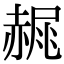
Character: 𧹧